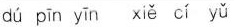
dú pīn yīn xiě cí yǔ